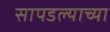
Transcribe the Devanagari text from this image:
सापडल्याच्या